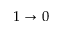
1 \rightarrow 0